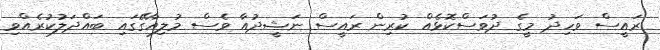
ރައީސް ވަހިދު މީގެ ދުވަސްކޮޅެއް ކުރިން ރައީސް ނަޝީދުއާ ވެސް މުލިއާގޭގައި ބައްދަލުކުރެއްވި